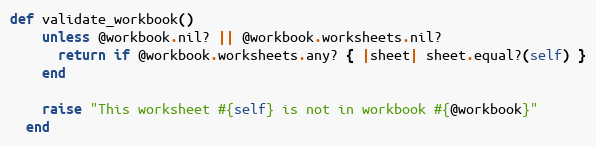
Language: Ruby
def validate_workbook()
    unless @workbook.nil? || @workbook.worksheets.nil?
      return if @workbook.worksheets.any? { |sheet| sheet.equal?(self) }
    end

    raise "This worksheet #{self} is not in workbook #{@workbook}"
  end